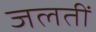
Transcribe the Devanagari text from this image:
जलतीं